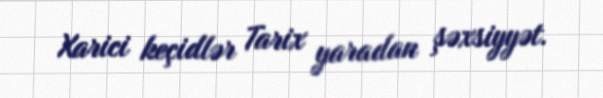
Xarici keçidlər Tarix yaradan şəxsiyyət.